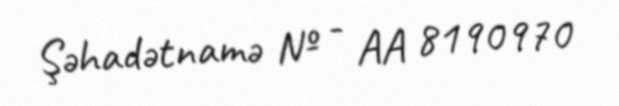
Şəhadətnamə № - AA 8190970